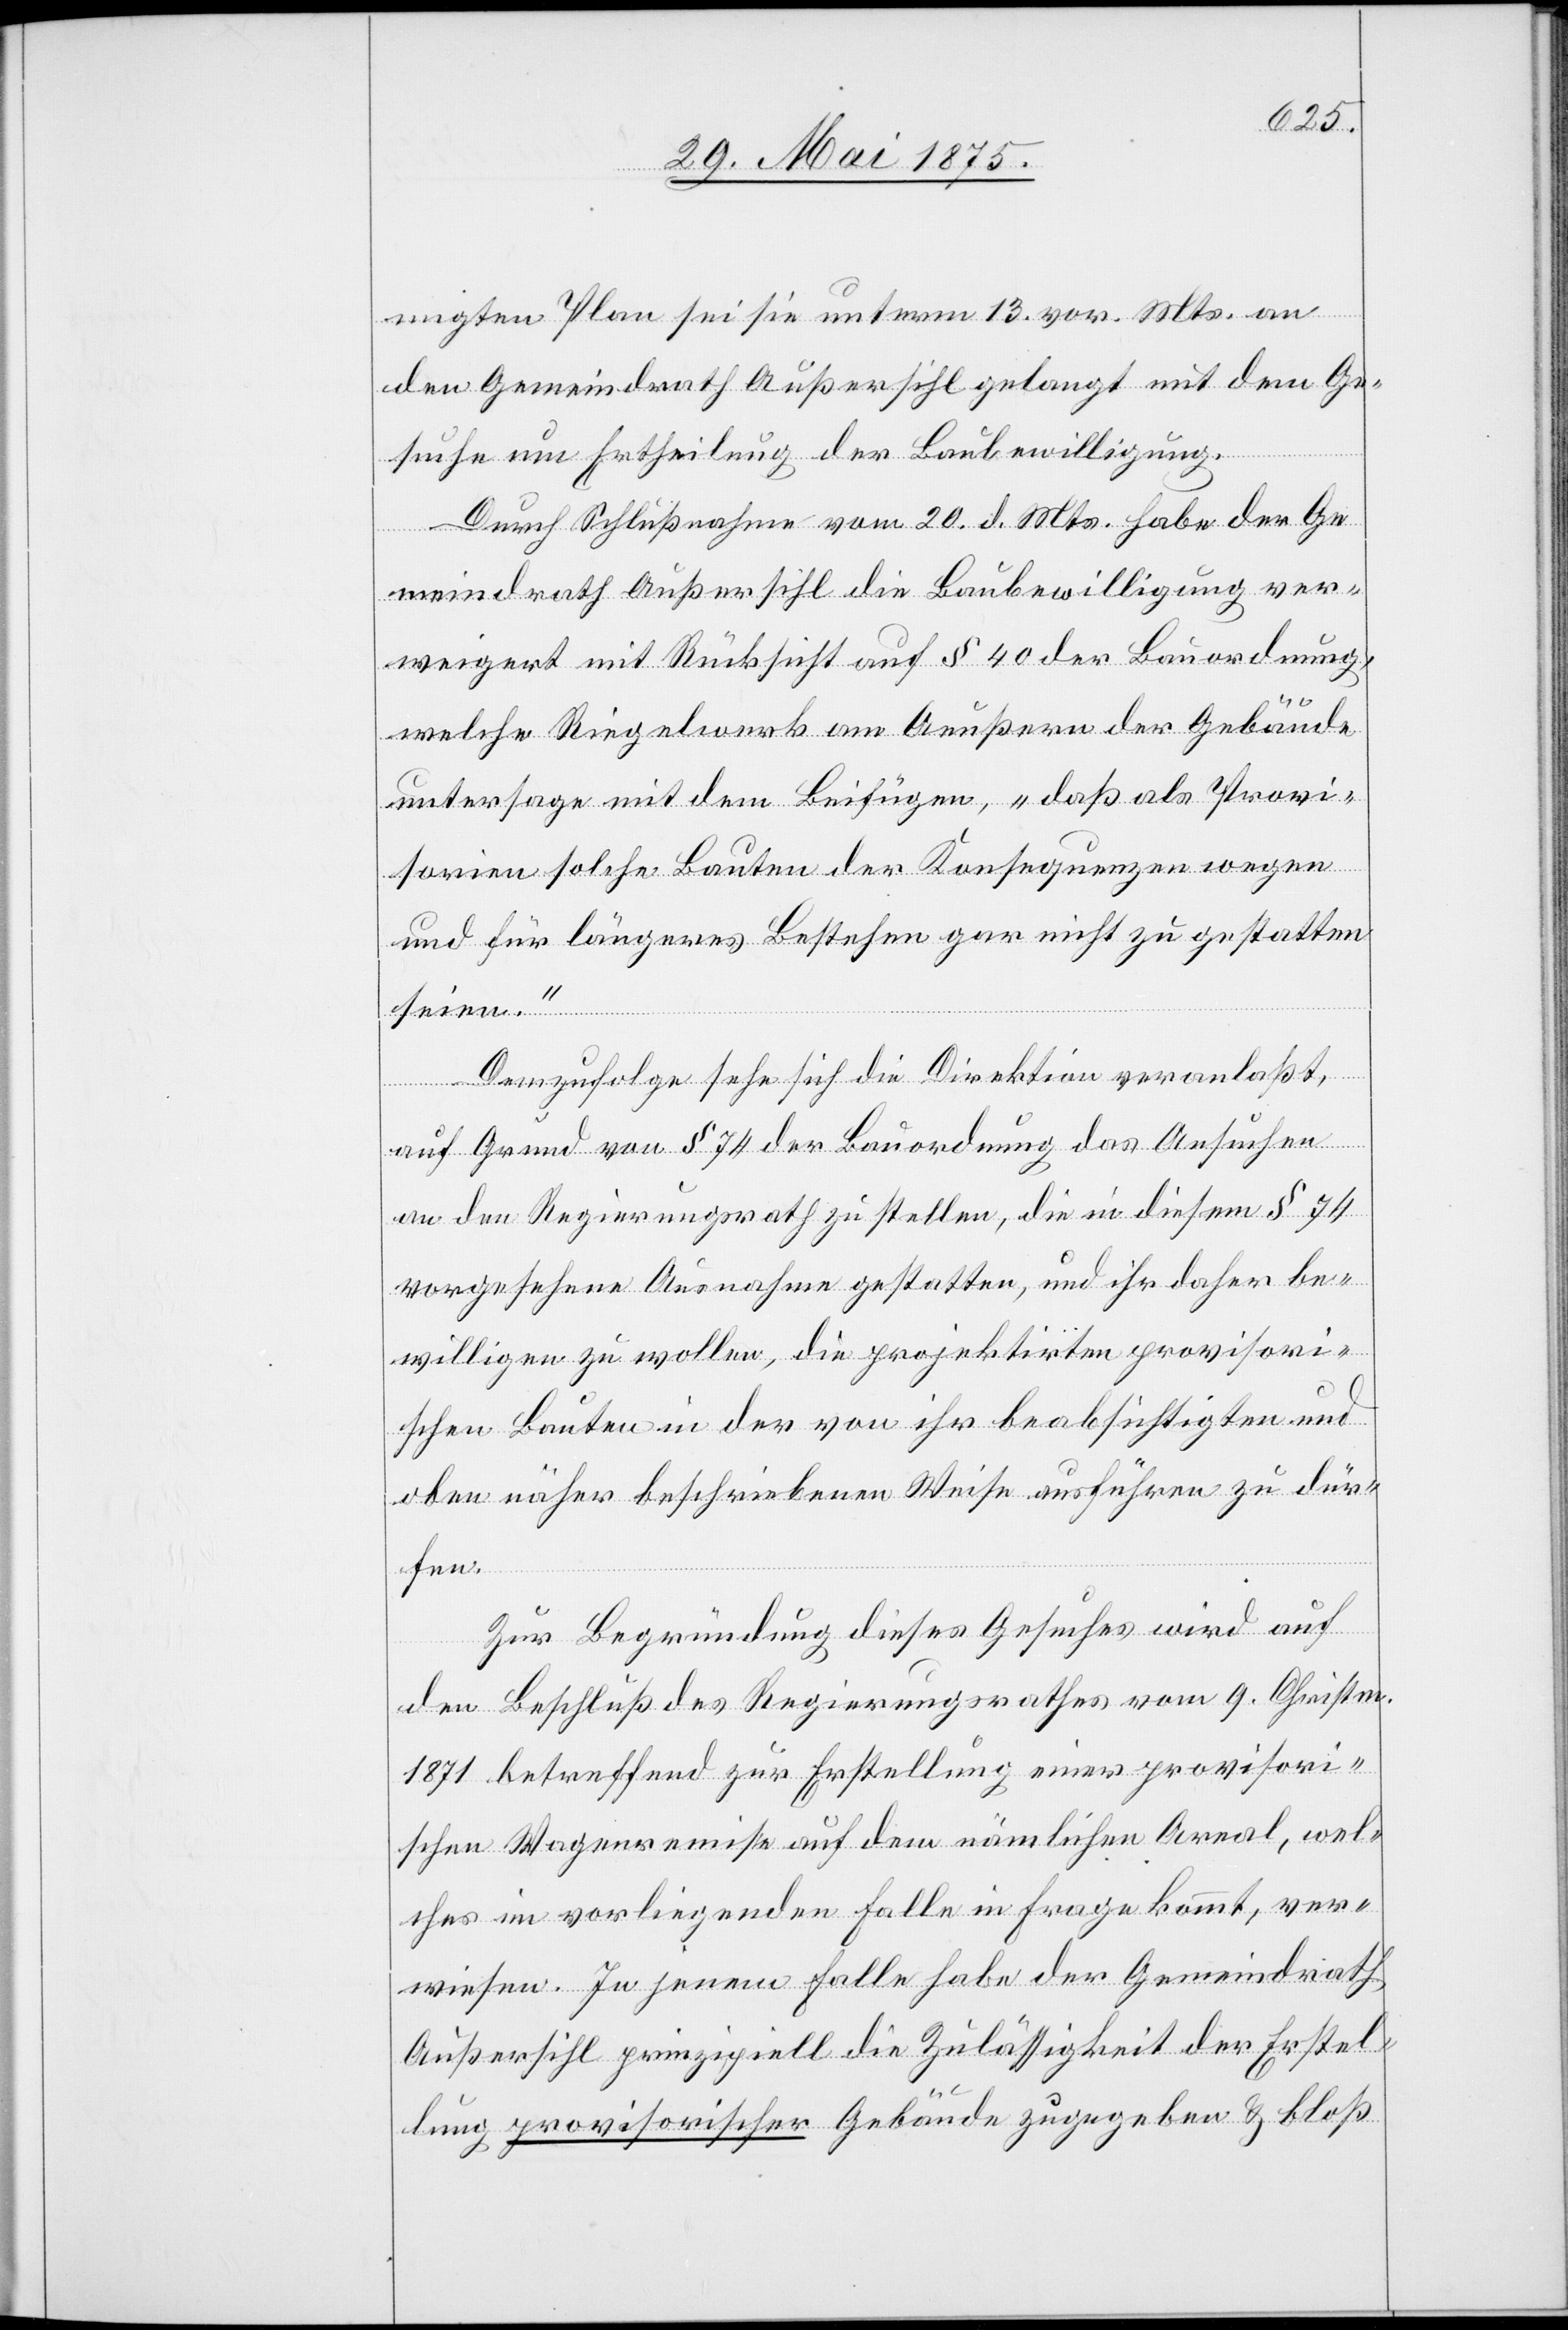
migten Plan sei sie unterm 13. vor. Mts. an
den Gemeindrath Außersihl gelangt mit dem Ge¬
suche um Ertheilung der Baubewilligung.
Durch Schlußnahme vom 20. d. Mts. habe der Ge¬
meindrath Außersihl die Baubewilligung ver¬
weigert mit Rücksicht auf § 40 der Bauordnung,
welche Riegelwerk am Aeußern der Gebäude
untersage mit dem Beifügen, „daß als Provi¬
sorien solche Bauten der Konsequenzen wegen
und für längeres Bestehen gar nicht zu gestatten
seien.“
Demzufolge sehe sich die Direktion veranlaßt,
auf Grund von § 74 der Bauordnung das Ansuchen
an den Regierungsrath zu stellen, die in diesem § 74
vorgesehene Ausnahme zu gestatten, und ihr daher be¬
willigen zu wollen, die projektirten provisori¬
schen Bauten in der von ihr beabsichtigten und
oben näher beschriebenen Weise ausführen zu dür¬
fen.
Zur Begründung dieses Gesuches wird auf
den Beschluß des Regierungsrathes vom 9. Christm.
1871 betreffend zur Erstellung einer provisori¬
schen Wagenremise auf dem nämlichen Areal, wel¬
ches im vorliegenden Falle in Frage kommt, ver¬
wiesen. In jenem Falle habe der Gemeindrath
Außersihl prinzipiell die Zulässigkeit der Erstel¬
lung provisorischer Gebäude zugegeben & bloß